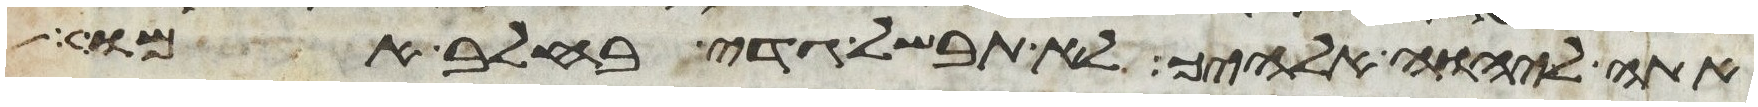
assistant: אתה ליהוה אלהיך לא תבשל גדי בחלב אמו